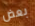
بعض